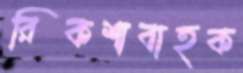
রিকশাবাহক